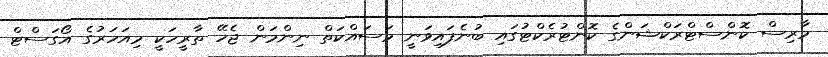
މާރިސް ކޮންސްޓްރަކްޝަންގެ ކޮންޓުރެކްޓުގައި ބުނެފައިވަނީ މަސައްކަތް ނިންމަން ޖެހޭ ތާރީހަކީ މިއަހަރުގެ އޯގަސްޓް